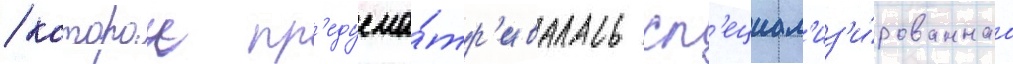
/ которои пр'едусма́тр'ивалась сп'ециал'из'и́рованнаа